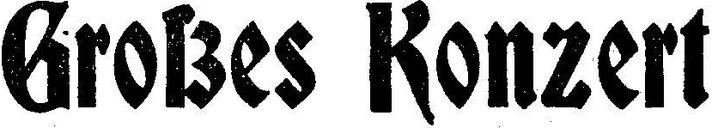
Großes Konzert